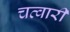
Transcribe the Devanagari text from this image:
चत्वारी